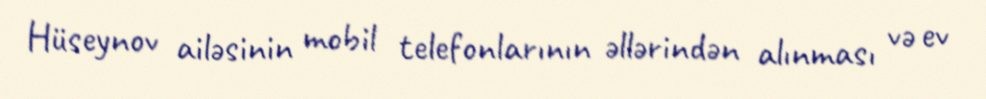
Hüseynov ailəsinin mobil telefonlarının əllərindən alınması və ev